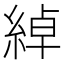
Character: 綽